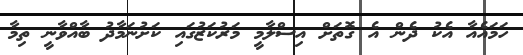
ހަމައެއާ އެކު ދެން އެ ގޮތަށް އިސްލާމީ މަރުކަޒުގައި ކަށުނަމާދު ބާއްވާނީ ތިމާ